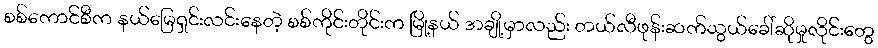
စစ်ကောင်စီက နယ်မြေရှင်းလင်းနေတဲ့ စစ်ကိုင်းတိုင်းက မြို့နယ် အချို့မှာလည်း တယ်လီဖုန်းဆက်သွယ်ခေါ်ဆိုမှုလိုင်းတွေ